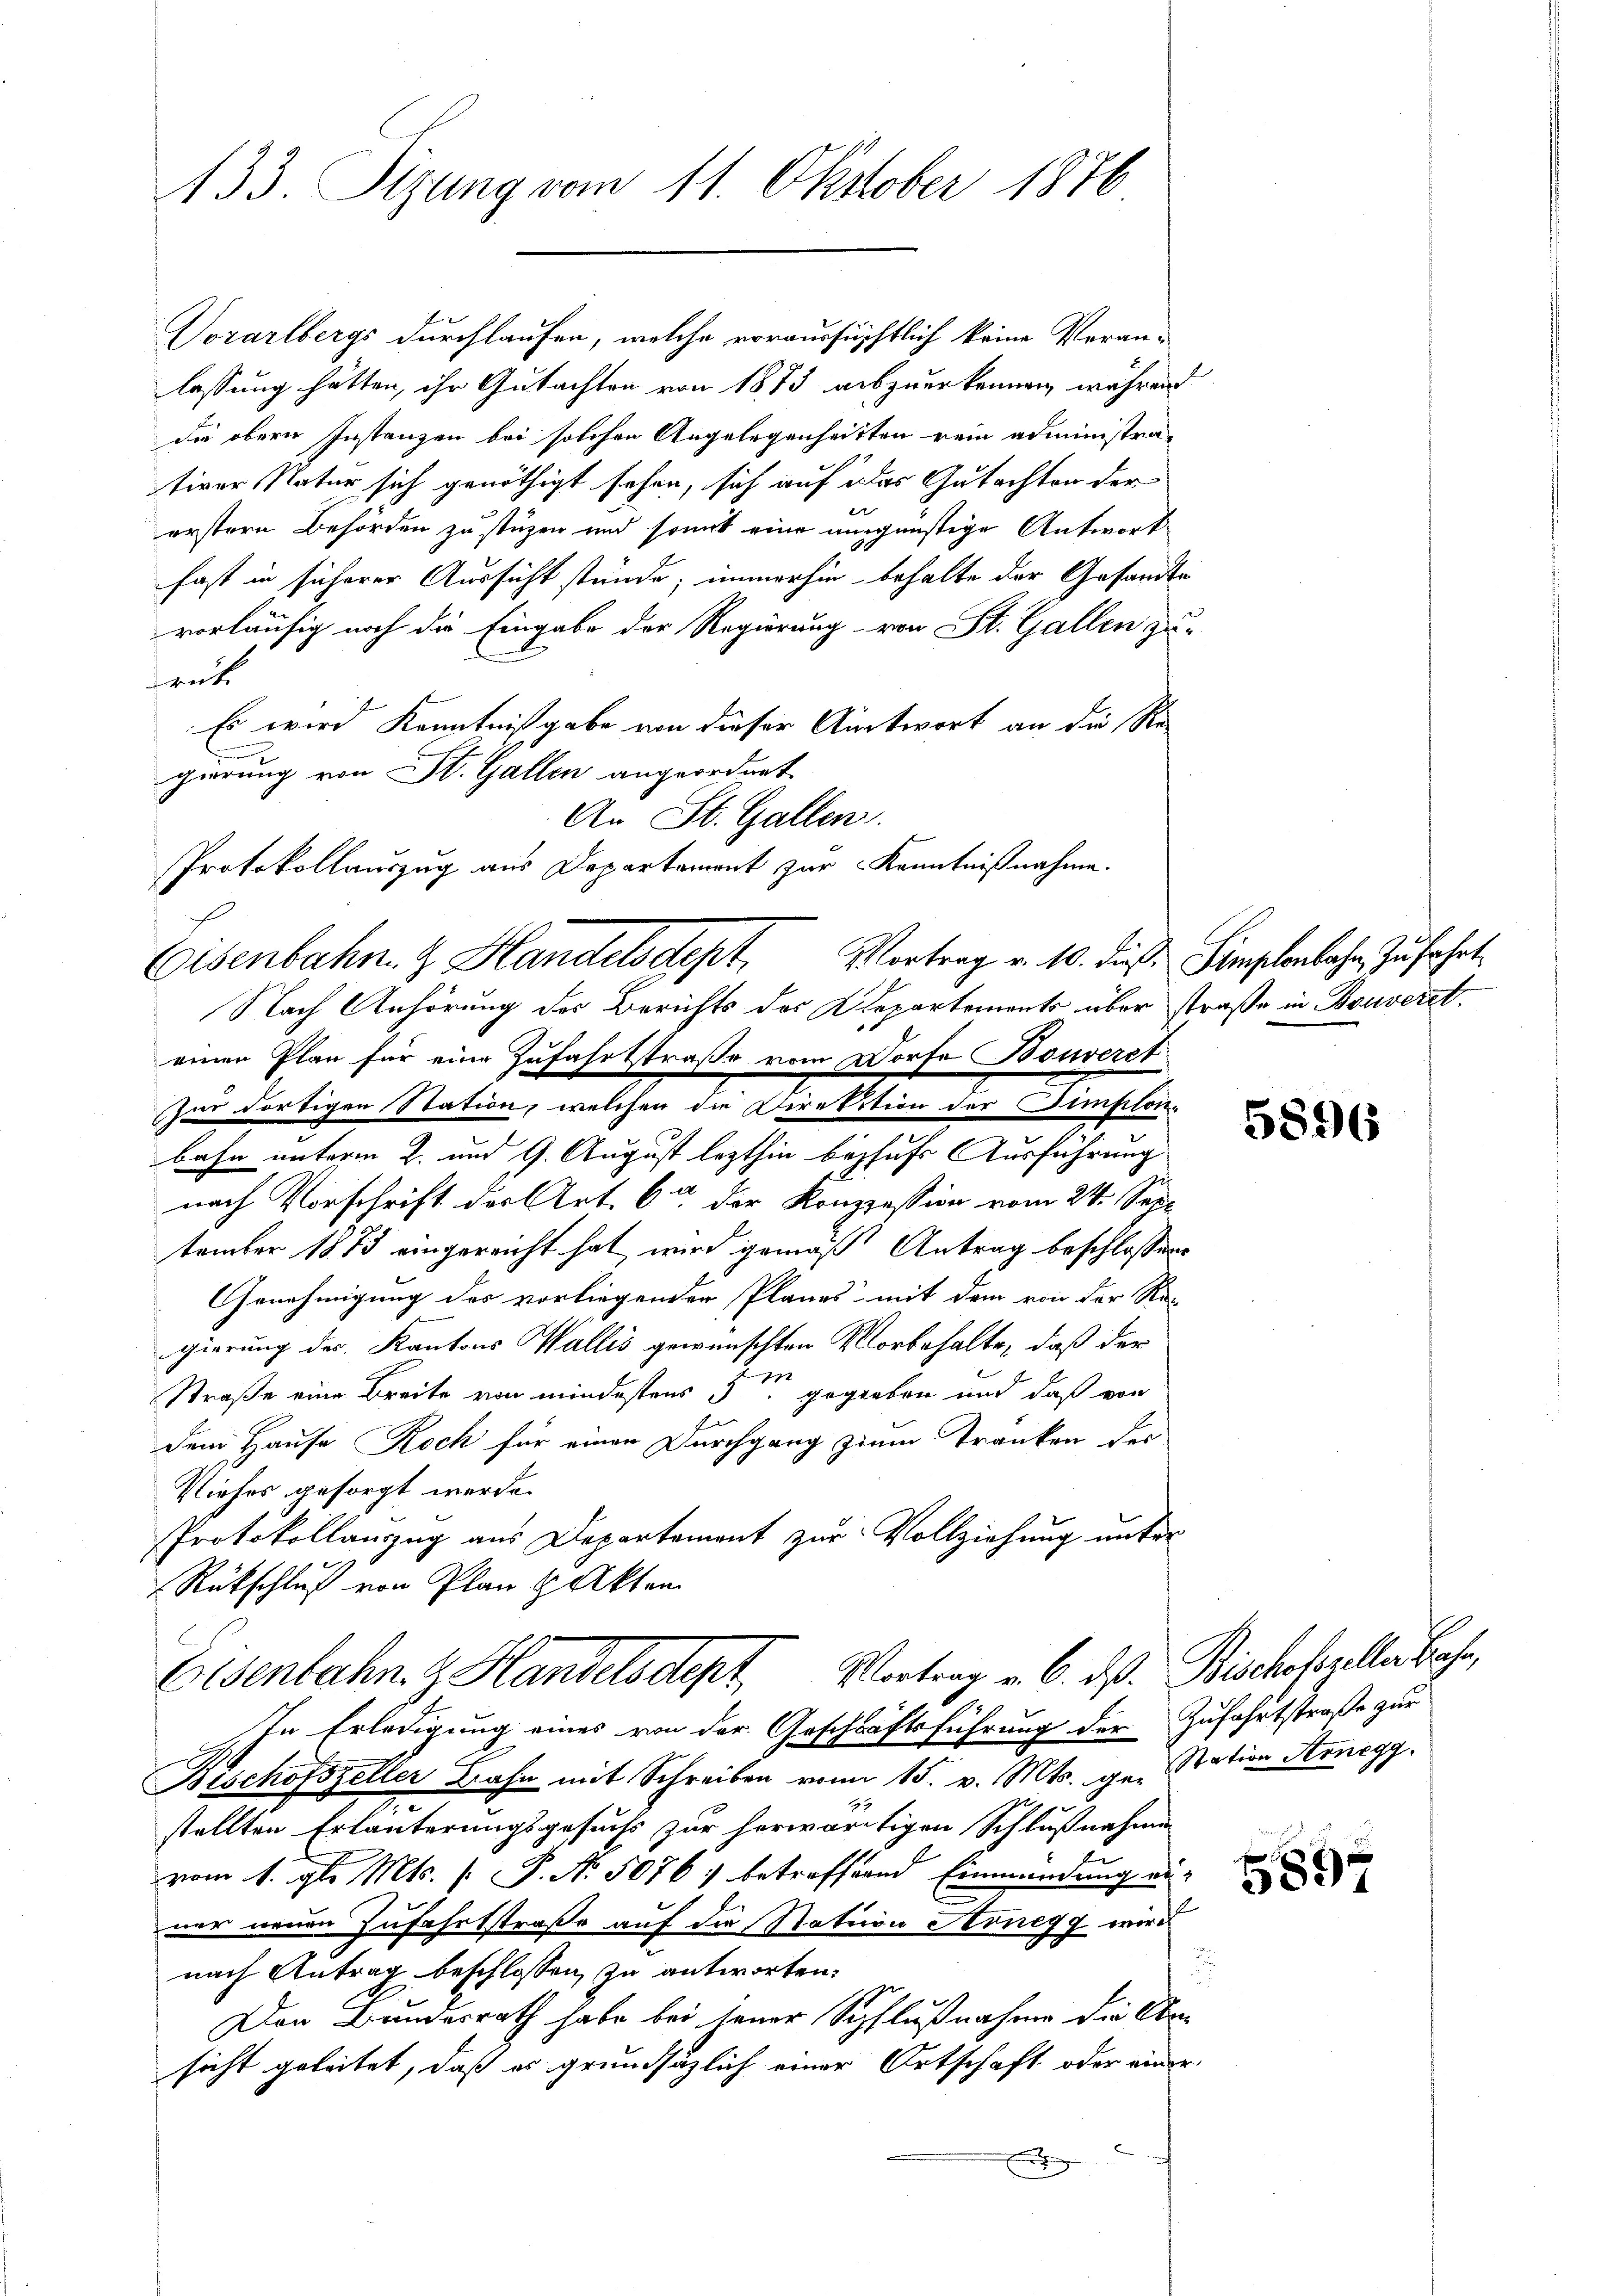
133. Sizung vom 11. Oktober 1876

Vorarlbergs durchlaufen, welche vorausfürstlich keine Veranlassung hätten, ihr Gutachten von 1873 abzuerkennen, während
die obern Instanzen bei solchen Angelegenheitten rein administrativer Natur sich genöthigt sehen, sich auf das Gutachten der
erstern Behörden zu stüzen und somit eine ungünstige Antwort
fast in sicherer Aussicht stände; immerhin behalte der Gesandte
vorläufig noch die Eingabe der Regierung von St. Gallen zu-
frutt
Es wird Kenntnißgabe von dieser Antwort an die Re¬

gierung von St. Gallen angeordnet.
An St. Gallen.
Protokollauszug aus Departement zur Kenntnißnahme.
Nach Anhörung des Berichts des Departements über straße in Bouvert
einen Plan für eine Zufahrtstraße vom Dorfe Bouverst
Im dortigen Station, welchen die Direktion der Simplonbahn unterm 2. und 9. August lezthin besfuhr Ausführung
nach Vorschrift des Art. 6 der Konzession vom 24. Sep
tember 1873 eingereicht hat wird gemäß Antrag beschlossen
Genehmigung des vorliegender Planes mit dem von der Re-
gierung der Kantons Wallis gewünschten Vorbehalte, daß der
772
Straße eine Breite von mindestens 3. gegeben und daß von
dem Hause Koch für einer Durchgang zum Tranken des
Viehes gesorgt werde.
Protokollanzug aus Departement zur Vollziehung unter
Rütschluß von Plan & Akten
Eisenbahn. z. Handelsdept, Vortrag v. 6. ds. Bischofzellerbach,
In Erledigung eines von der Geschäftsführung der Zufahrtstraße zur
Bischofszeller Bahn mit Schreiben von 15. v. Mts. ge- Station Arnegg
stellten Erläuterungsgesuchs zur herwärtigen Schlußnahmen
vom 1. gl. Mts. [ P. Nr. 5076) betreffend Einmündung einer neuen Zufahrtstraße auf die Station Arnegg wird
nach Antrag beschlossen, zu antworten:
Den Bundesrath habe bei jener Schlußnahme die Unsicht geleitet, daß es grundsätzlich einer Ortschaft oder einer
E

Eisenbahn. Handelsdept. Vortrag v. 10. dieß: Simplenbahn zufahrt

5896

897